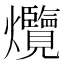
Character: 爦